Report on horse surra - Volume II, Part II
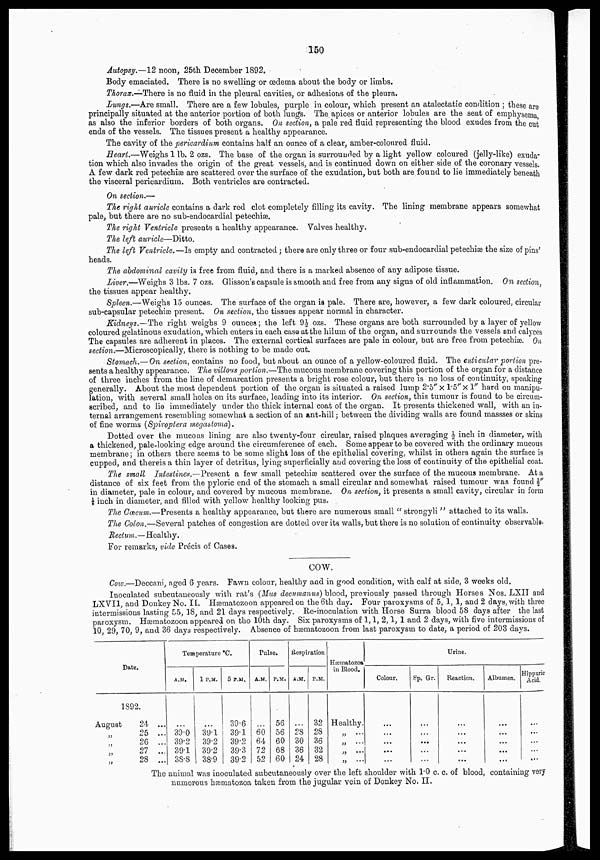
150
Autopsy.—12 noon, 25th December 1892.
Body emaciated. There is no swelling or œdema about the body or limbs.
Thorax.—There is no fluid in the pleural cavities, or adhesions of the pleura.
Lungs.—Are small. There are a few lobules, purple in colour, which present an atalectatic condition ; these are
principally situated at the anterior portion of both lungs. The apices or anterior lobules are the seat of emphysema,
as also the inferior borders of both organs. On section, a pale red fluid representing the blood exudes from the cut
ends of the vessels. The tissues present a healthy appearance.
The cavity of the pericardium contains half an ounce of a clear, amber-coloured fluid.
Heart.—Weighs 1 lb. 2 ozs. The base of the organ is surrounded by a light yellow coloured (jelly-like) exuda-
tion which also invades the origin of the great vessels, and is continued down on either side of the coronary vessels.
A few dark red petechiæ are scattered over the surface of the exudation, but both are found to lie immediately beneath
the visceral pericardium. Both ventricles are contracted.
On section.—
The right auricle contains a dark red clot completely filling its cavity. The lining membrane appears somewhat
pale, but there are no sub-endocardial petechiæ.
The right Ventricle presents a healthy appearance. Valves healthy.
The left auricle—Ditto.
The left Ventricle.—Is empty and contracted; there are only three or four sub-endocardial petechiæ the size of pins'
heads.
The abdominal cavity is free from fluid, and there is a marked absence of any adipose tissue.
Liver.—Weighs 3 lbs. 7 ozs. Glisson's capsule is smooth and free from any signs of old inflammation. On section,
the tissues appear healthy.
Spleen.—Weighs 15 ounces. The surface of the organ is pale. There are, however, a few dark coloured, circular
sub-capsular petechiæ present. On section, the tissues appear normal in character.
Kidneys.—The right weighs 9 ounces; the left 9½ ozs. These organs are both surrounded by a layer of yellow
coloured gelatinous exudation, which enters in each case at the hilum of the organ, and surrounds the vessels and calyces
The capsules are adherent in places. The external cortical surfaces are pale in colour, but are free from petechiæ. On
section.—Microscopically, there is nothing to be made out.
Stomach.— On section, contains no food, but about an ounce of a yellow-coloured fluid. The cuticular portion pre-
sents a healthy appearance. The villous portion.—The mucous membrane covering this portion of the organ for a distance
of three inches from the line of demarcation presents a bright rose colour, but there is no loss of continuity, speaking
generally. About the most dependent portion of the organ is situated a raised lump 2.5"×1.5''×1" hard on manipu-
lation, with several small holes on its surface, leading into its interior. On section, this tumour is found to be circum-
scribed, and to lie immediately under the thick internal coat of the organ. It presents thickened wall, with an in-
ternal arrangement resembling somewhat a section of an ant-hill; between the dividing walls are found massses or skins
of fine worms (Spiroptera megastoma).
Dotted over the mucous lining are also twenty-four circular, raised plaques averaging ½ inch in diameter, with
a thickened, pale-looking edge around the circumference of each. Some appear to be covered with the ordinary mucous
membrane; in others there seems to be some slight loss of the epithelial covering, whilst in others again the surface is
cupped, and thereis a thin layer of detritus, lying superficially and covering the loss of continuity of the epithelial coat.
The small Intestines.—Present a few small petechiæ scattered over the surface of the mucous membrane. At a
distance of six feet from the pyloric end of the stomach a small circular and somewhat raised tumour was found ½"
in diameter, pale in colour, and covered by mucous membrane. On section, it presents a small cavity, circular in form
1/8 inch in diameter, and filled with yellow healthy looking pus.
The Cæcum.—Presents a healthy appearance, but there are numerous small " strongyli " attached to its walls.
The Colon.—Several patches of congestion are dotted over its walls, but there is no solution of continuity observable.
Rectum.—Healthy.
For remarks, vide Précis of Cases.
COW.
Cow.—Deccani, aged 6 years. Fawn colour, healthy and in good condition, with calf at side, 3 weeks old.
Inoculated subcutaneously with rat's (Mus decumanus) blood, previously passed through Horses Nos. LXII and
LXVII, and Donkey No. II. Hæmatozoon appeared on the 6th day. Four paroxysms of 5, 1, 1, and 2 days, with three
intermissions lasting 55, 18, and 21 days respectively. Re-inoculation with Horse Surra blood 58 days after the last
paroxysm. Hæmatozoon appeared on tho 10th day. Six paroxysms of 1, 1, 2, 1, 1 and 2 days, with five intermissions of
10, 29, 70, 9, and 36 days respectively. Absence of hæmatozoon from last paroxysm to date, a period of 203 days.
Date.
1892.
August
24 ...
„ 25 ...
„ 26 ...
„ 27 ...
„ 28 ...
Temperature°C.
A.M.
...
39.0
39.2
39.1
38.8
1 P.M.
...
39.1
39.2
39.2
38.9
5 P.M.
39.6
39.1
39.2
39.3
39.2
Pulse.
A.M.
...
60
64
72
52
P.M.
56
56
60
68
60
Respiration
A.M.
...
28
30
36
24
P.M.
32
28
36
32
28
Hæmatozoa
in Blood.
Healthy.
„ ...
„ ...
„ ...
„ ...
Colour.
...
...
...
...
...
Urine.
Sp. Gr.
...
...
...
...
...
Reaction.
...
...
...
...
...
Albumen.
...
...
...
...
...
Hippuric
Acid.
...
...
...
...
...
The animal was inoculated subcutaneously over the left shoulder with l.0 c. c. of blood, containing very
numerous hæmatozoa taken from the jugular vein of Donkey No. II.